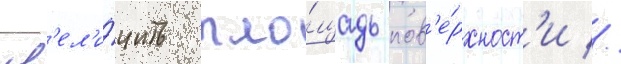
ув'ел'и́чить пло́щадь пов'е́рхност'и //